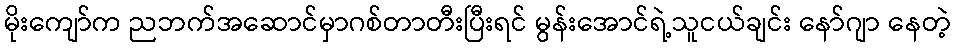
မိုးကျော်က ညဘက်အဆောင်မှာဂစ်တာတီးပြီးရင် မွန်းအောင်ရဲ့သူငယ်ချင်း နော်ဂျာ နေတဲ့